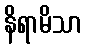
နိရာမိသာ